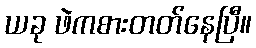
ယခု ဖဲကစားတတ်နေပြီ။